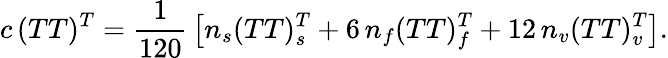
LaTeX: c\, (TT)^{T}={\frac{1}{120}}\left[n_{s}(TT)_{s}^{T}+6\, n_{f}(TT)_{f}^{T}+12\, n_{v}(TT)_{v}^{T}\right].